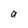
Character: u